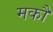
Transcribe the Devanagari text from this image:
मकौ